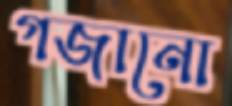
গজানো